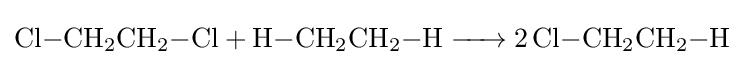
{\ce {Cl-CH2CH2-Cl + H-CH2CH2-H -> 2 Cl-CH2CH2-H}}